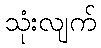
သုံးလျက်